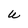
Character: W